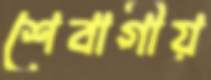
শেবাগীয়